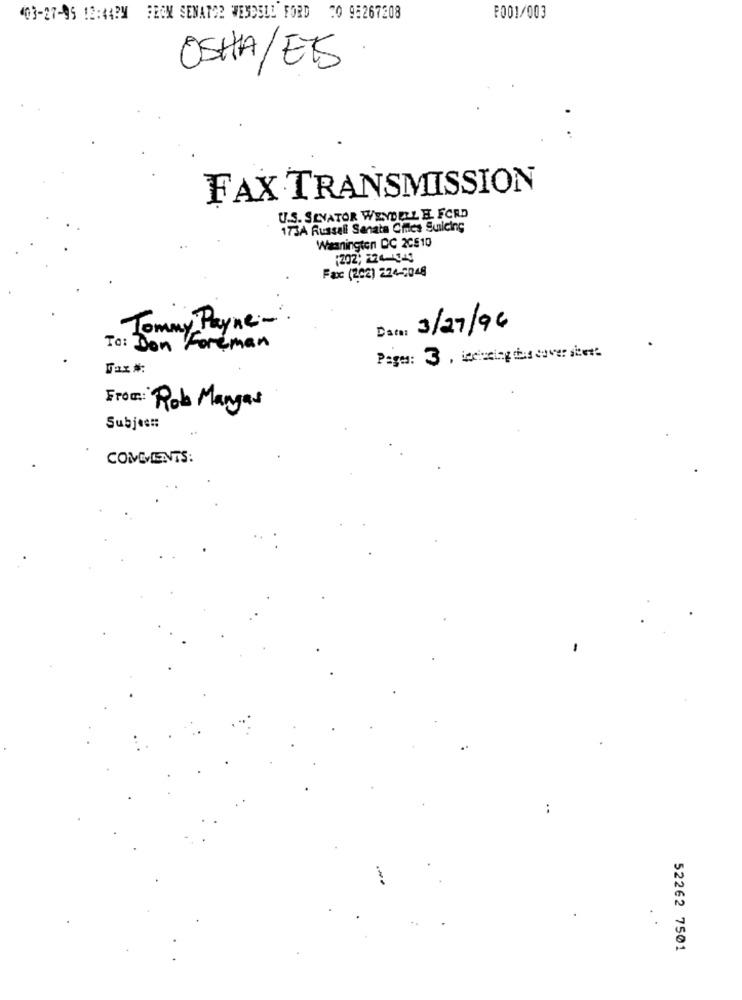
403-27-95 12:44PM FEEN SENATOR WENDELL FORD TO 95267208
F001/003
OSHA/ETS
FAX TRANSMISSION
U.S. SENATOR WENDELL H. FORD
173A Russell Sanata Cites Suicing
Waanington DC 2C810
(202; 224-1143
Fax: (202) 224-5048
Tommy Payne :-
Data: 3/27/96
To: Don Foreman
Fax #:
Rob Mangas
Subject:
COMMENTS:
..
52262 7501